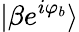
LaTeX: |\beta e^{i\varphi_{b}}\rangle